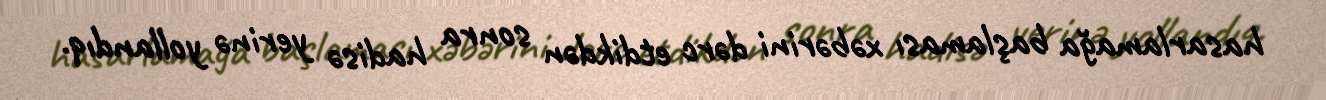
hasarlamağa başlaması xəbərini dərc etdikdən sonra hadisə yerinə yollandıq.